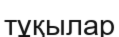
тұқылар